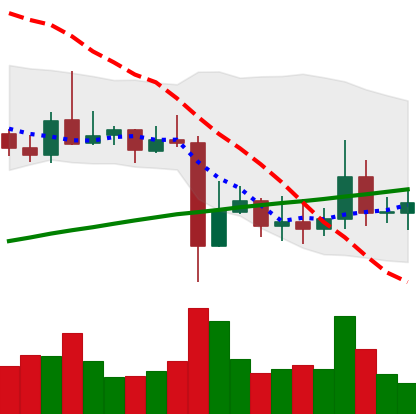
Ticker: ADA-USD
Chart end date: 2021-11-06
Forward return: 3.933%
Label: up_3_5